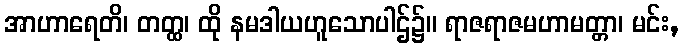
အာဟာရေတိ၊ တတ္ထ၊ ထို နမဒါယဟူသောပါဌ်၌။ ရာဇရာဇမဟာမတ္တာ၊ မင်း,